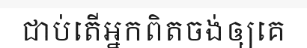
ជាប់តើអ្នកពិតចង់ឲ្យគេ